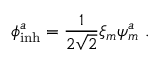
\phi _ { \mathrm { i n h } } ^ { a } = \frac { 1 } { 2 \sqrt { 2 } } \xi _ { m } \psi _ { m } ^ { a } ~ .